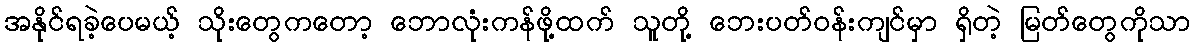
အနိုင်ရခဲ့ပေမယ့် သိုးတွေကတော့ ဘောလုံးကန်ဖို့ထက် သူတို့ ဘေးပတ်ဝန်းကျင်မှာ ရှိတဲ့ မြတ်တွေကိုသာ